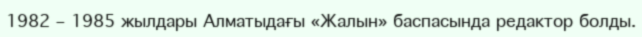
1982 – 1985 жылдары Алматыдағы «Жалын» баспасында редактор болды.